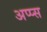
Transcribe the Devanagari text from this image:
अप्प्स